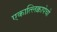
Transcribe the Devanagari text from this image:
एकात्लिक्वापेचो